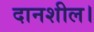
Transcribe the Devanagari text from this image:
दानशील।